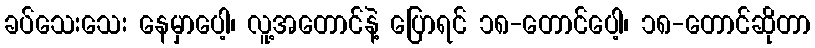
ခပ်သေးသေး နေမှာပေါ့၊ လူ့အတောင်နဲ့ ပြောရင် ၁၈-တောင်ပေါ့၊ ၁၈-တောင်ဆိုတာ